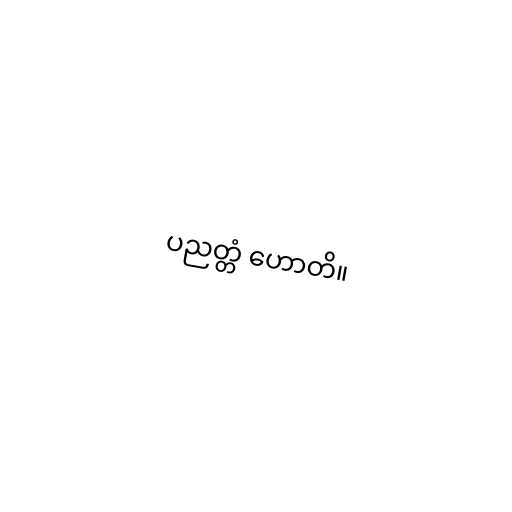
ပညတ္တံ ဟောတိ။